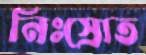
নিঃস্রোত